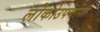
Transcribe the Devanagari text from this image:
लोकोउपयोगी